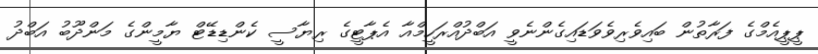
ޕީޕީއެމްގެ ފަރާތުން ބައިވެރިވެވަޑައިގެންނެވީ އަބްދުއްރަހީމްއާ އެޕާޓީގެ ރިޔާސީ ކެންޑިޑޭޓް ޔާމީންގެ މަންދޫބު އަބްދު